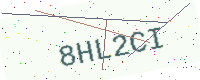
Text: 8HL2CI